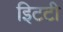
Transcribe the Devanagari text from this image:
इिटटी